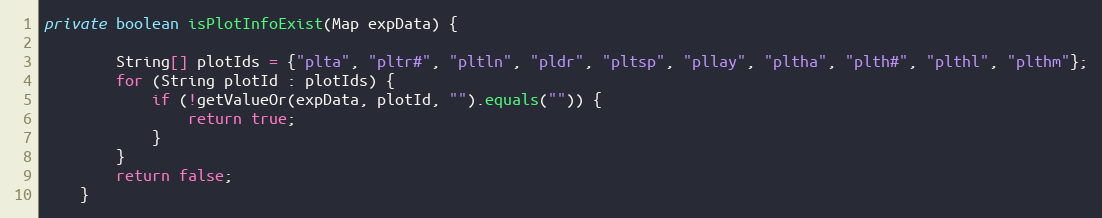
Language: Java
private boolean isPlotInfoExist(Map expData) {

        String[] plotIds = {"plta", "pltr#", "pltln", "pldr", "pltsp", "pllay", "pltha", "plth#", "plthl", "plthm"};
        for (String plotId : plotIds) {
            if (!getValueOr(expData, plotId, "").equals("")) {
                return true;
            }
        }
        return false;
    }